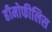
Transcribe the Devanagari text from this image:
हीमोफीलिस